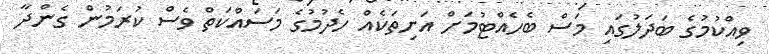
ވިއްކުމުގެ ބަދަލުގައި މަސް ބެހެއްޓުމަށް އަށިތަކެއް ހެދުމުގެ މަސައްކަތް ވެސް ކުރަމުން ގެންދާ